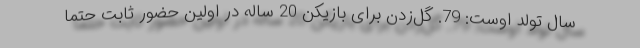
سال تولد اوست: 79. گل‌زدن برای بازیکن 20 ساله در اولین حضور ثابت حتماً